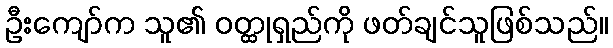
ဦးကျော်က သူ၏ ဝတ္ထုရှည်ကို ဖတ်ချင်သူဖြစ်သည်။